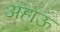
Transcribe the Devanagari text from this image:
अहाऊ